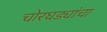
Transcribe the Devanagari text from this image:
चोरघड्यांचा